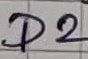
Text: D2